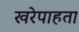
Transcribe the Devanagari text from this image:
खरेपाहता